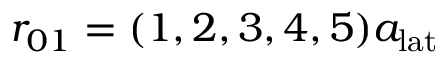
r _ { 0 1 } = ( 1 , 2 , 3 , 4 , 5 ) a _ { \mathrm { l a t } }